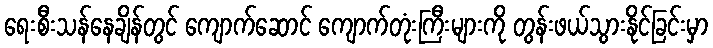
ရေးစီးသန်နေချိန်တွင် ကျောက်ဆောင် ကျောက်တုံးကြီးများကို တွန်းဖယ်သွားနိုင်ခြင်းမှာ